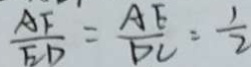
\frac { A F } { E D } = \frac { A E } { D C } = \frac { 1 } { 2 }